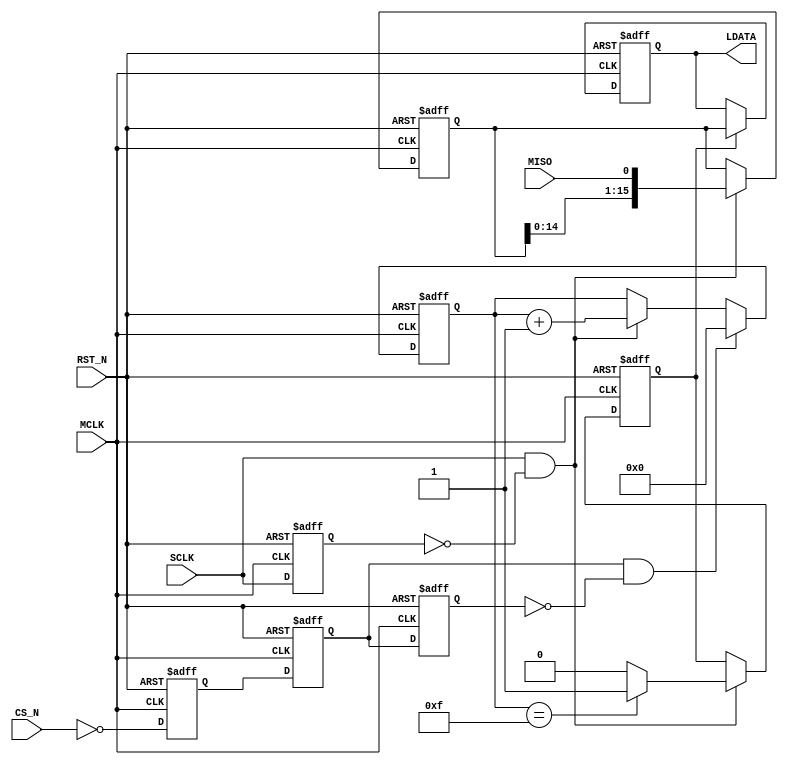
//-----------------------------
// S_P.vhd
// Serial-Parallel Converter
// by Toshio Iwata at digitalfilter.com 2009/05/06

module S_P(
  RST_N,
  MCLK,
  MISO,
  CS_N,
  SCLK,
  LDATA
);

input RST_N;
input MCLK;
input MISO;
input CS_N;
input SCLK;
output[15:0] LDATA;

wire   RST_N;
wire   MCLK;
wire   MISO;
wire   SCLK;
reg   [15:0] LDATA;

reg  [15:0] pdata_tmp;
reg   CS_dly1;
reg   CS_dly2;
reg   CS_dly3;
wire  ldata_ld;
reg   ldata_latch;
reg  [7:0] counter208;
reg   SCLK_dly1;
wire  SCLK_edge;
wire  CS;

//-----------------------------------------------------------------
always@(posedge MCLK or negedge RST_N)  begin
  if ((RST_N == 1'b0)  )  begin
    SCLK_dly1 <= 1'b0;
  end
  else  begin
    SCLK_dly1 <= SCLK;
  end
end

assign SCLK_edge = SCLK &  ~SCLK_dly1;

assign CS = ~CS_N;

//-----------------------------------------------------------------
always@(posedge MCLK or negedge RST_N)  begin
  if ((RST_N == 1'b0)  )  begin
    CS_dly3 <= 1'b0;
    CS_dly2 <= 1'b0;
    CS_dly1 <= 1'b0;
  end
  else  begin
      CS_dly3 <= CS_dly2;
      CS_dly2 <= CS_dly1;
      CS_dly1 <= CS;
  end
end

assign ldata_ld = CS_dly2 &  ~CS_dly3;

//-----------------------------------------------------------------
always@(posedge MCLK or negedge RST_N)  begin
  if ((RST_N == 1'b0)  )  begin
    pdata_tmp <= {16{1'b0}};
  end
  else  begin
    if ((SCLK_edge == 1'b1)  )  begin
      pdata_tmp <= {pdata_tmp[14:0] ,MISO};
    end
  end
end

//-----------------------------------------------------------------
always@(posedge MCLK or negedge RST_N)  begin
  if ((RST_N == 1'b0)  )  begin
    LDATA <= {16{1'b0}};
  end
  else  begin
    if ((ldata_latch == 1'b1)  )  begin
      LDATA <= pdata_tmp;
    end
  end
end

//-----------------------------------------------------------------
always@(posedge MCLK or negedge RST_N)  begin
  if ((RST_N == 1'b0)  )  begin
    counter208 <= {8{1'b0}};
  end
  else  begin
    if ((ldata_ld == 1'b1)  )  begin
      counter208 <= {8{1'b0}};
    end
    else if ((SCLK_edge == 1'b1)  )  begin
      counter208 <= counter208 + 1;
    end
  end
end

//-----------------------------------------------------------------
always@(posedge MCLK or negedge RST_N)  begin
  if ((RST_N == 1'b0)  )  begin
    ldata_latch <= 1'b0;
  end
  else  begin
    if (SCLK_edge == 1'b1) begin
      if(counter208 == 15)  begin
         ldata_latch <= 1'b1;
      end
      else begin
         ldata_latch <= 1'b0;
      end
    end
  end
end

endmodule